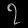
Digit: ၇